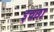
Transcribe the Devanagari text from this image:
इचछा